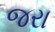
જરા